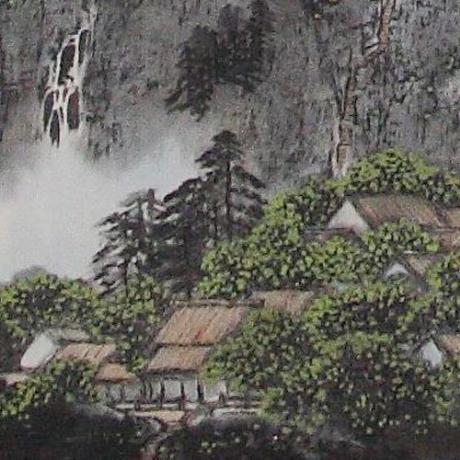
挂席几千里，名山都未逢。